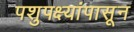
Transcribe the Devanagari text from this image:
पशुपक्ष्यांपासून